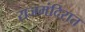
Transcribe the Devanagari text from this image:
राजमंदिरात